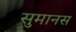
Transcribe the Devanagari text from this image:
सुमानस